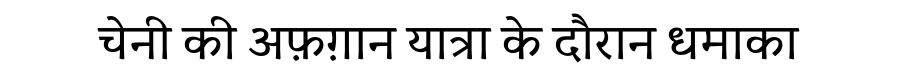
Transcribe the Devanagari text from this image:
चेनी की अफ़ग़ान यात्रा के दौरान धमाका